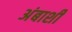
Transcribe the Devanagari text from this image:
अंबाशी